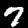
Label: 7